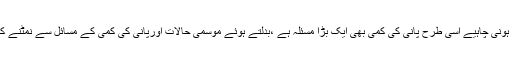
ہماری اولین ترجیح بھی یہی مسئلہ ہونی چاہیے اسی طرح پانی کی کمی بھی ایک بڑا مسئلہ ہے ،بدلتے ہوئے موسمی حالات اورپانی کی کمی کے مسائل سے نمٹنے کیلئے بروقت اقدامات کرنا ہوںگے۔